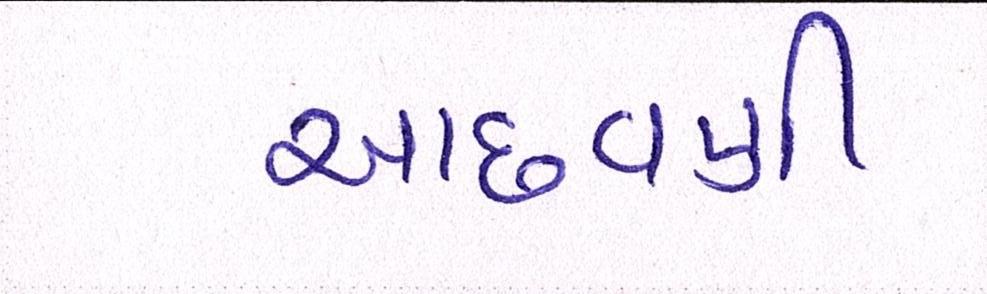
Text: આછવણી